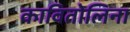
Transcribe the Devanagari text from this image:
कावितोलिना